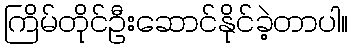
ကြိမ်တိုင်ဦးဆောင်နိုင်ခဲ့တာပါ။